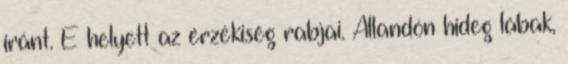
iránt. E helyett az érzékiség rabjai. Állandón hideg lábak,